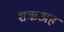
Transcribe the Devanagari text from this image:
शऋअह